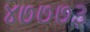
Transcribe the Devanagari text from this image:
४७७७३